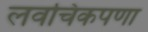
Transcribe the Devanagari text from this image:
लवचिकपणा